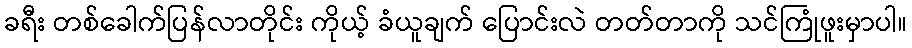
ခရီး တစ်ခေါက်ပြန်လာတိုင်း ကိုယ့် ခံယူချက် ပြောင်းလဲ တတ်တာကို သင်ကြုံဖူးမှာပါ။